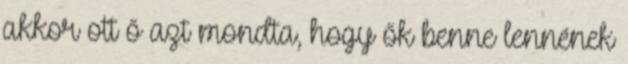
akkor ott ő azt mondta, hogy ők benne lennének